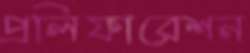
প্রলিফারেশন